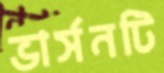
ভার্সনটি